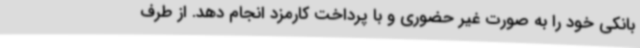
بانکی خود را به صورت غیر حضوری و با پرداخت کارمزد انجام دهد. از طرف